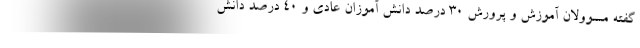
گفته مسوولان آموزش و پرورش ۳۰ درصد دانش آموزان عادی و ۴۰ درصد دانش